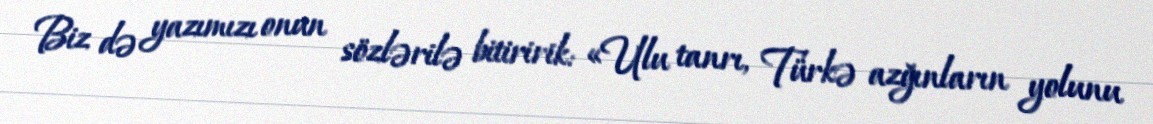
Biz də yazımızı onun sözlərilə bitiririk: «Ulu tanrı, Türkə azğınların yolunu